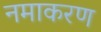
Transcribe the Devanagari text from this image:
नमाकरण